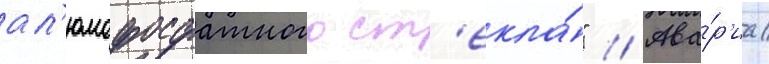
ал'юмофосфатного ст'екла́" // Ава́р'иа